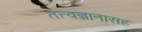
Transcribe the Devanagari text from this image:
तत्त्वज्ञानासह